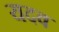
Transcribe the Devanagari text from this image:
यदव